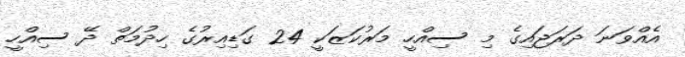
އެއްވަނަ ދަރަޖައިގެ މި ސިއްހީ މަރުކަޒަކީ 24 ގަޑިއިރުގެ ހިދުމަތް ދޭ ސިއްހީ